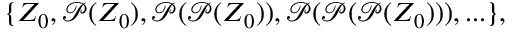
\{ Z _ { 0 } , { \mathcal { P } } ( Z _ { 0 } ) , { \mathcal { P } } ( { \mathcal { P } } ( Z _ { 0 } ) ) , { \mathcal { P } } ( { \mathcal { P } } ( { \mathcal { P } } ( Z _ { 0 } ) ) ) , . . . \} ,